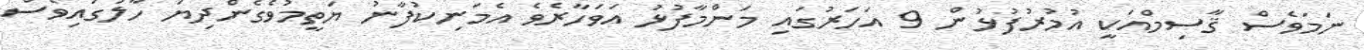
ނަމަވެސް ޤާސިމްއަކީ އުމުރުފުޅުން 9 އަހަރުގައި މަންމާފުޅު އަވަހާރެވެ އެމަނިކުފާނު ޔަތީމުވެގެންދިޔަ ހާލުގައިވެސް